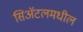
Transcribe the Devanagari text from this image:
सिॲटलमधील